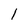
Character: 1